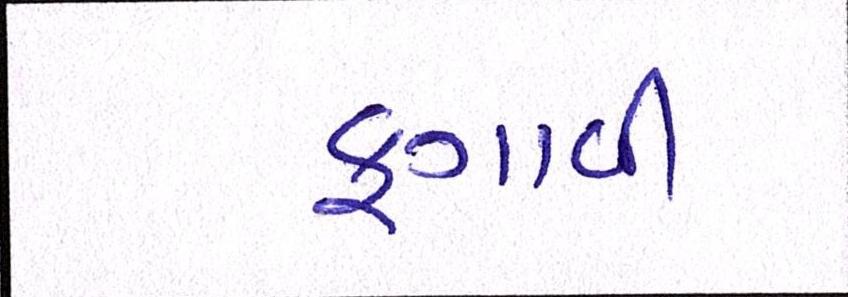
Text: ફગાવી